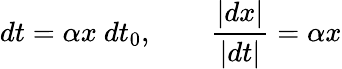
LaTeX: dt=\alpha x\ dt_{0},\qquad{\frac{|dx|}{|dt|}}=\alpha x